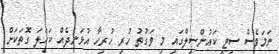
ނަމަވެސް ސިޓީ ކައުންސިލްގައި މި ވަގުތު ހުރި ހުރިހާ އުޅަނދެއް ކަހަލަ ގޮތަކަށް